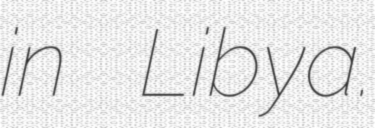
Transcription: in Libya.